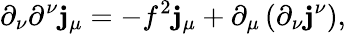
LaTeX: \partial_{\nu}\partial^{\nu}\mathbf{j}_{\mu}=-f^{2}\mathbf{j}_{\mu}+\partial_{\mu}\left(\partial_{\nu}\mathbf{j}^{\nu}\right),